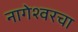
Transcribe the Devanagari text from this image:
नागेश्वरचा